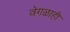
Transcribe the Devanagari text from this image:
वेगळाही